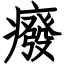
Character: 癈